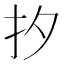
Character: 𪭜